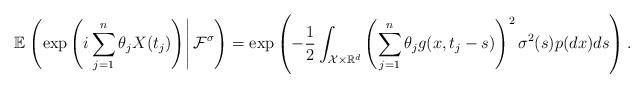
LaTeX: \begin{align*}\mathbb{E}\left.\left(\exp\left(i \sum_{j=1}^n \theta_j X(t_j) \right)\right| \mathcal{F}^{\sigma} \right)=\exp\left(-\frac{1}{2}\int_{\mathcal{X}\times \mathbb{R}^d}\left(\sum_{j=1}^n\theta_j g(x,t_j-s)\right)^2 \sigma^2(s)p(dx) ds\right).\end{align*}